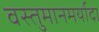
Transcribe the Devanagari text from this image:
वस्तुमानमर्यादा